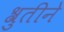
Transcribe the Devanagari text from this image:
श्रुतीने